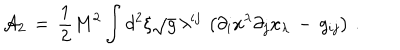
{ \cal A } _ { 2 } \, = \, \frac { 1 } { 2 } M ^ { 2 } \int _ { } ^ { } d ^ { 2 } \xi \sqrt { g } \, \lambda ^ { i j } \, \left( \partial _ { i } x ^ { \lambda } \partial _ { j } x _ { \lambda } \, - \, g _ { i j } \right) \, { . }